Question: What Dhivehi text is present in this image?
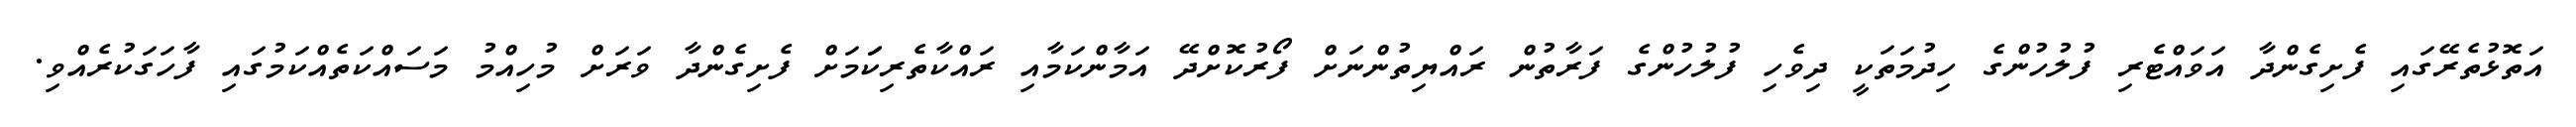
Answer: އަތޮޅުތެރޭގައި ފެށިގެންދާ އަވައްޓެރި ފުލުހުންގެ ހިދުމަތަކީ ދިވެހި ފުލުހުންގެ ފަރާތުން ރައްޔިތުންނަށް ފޯރުކޮށްދޭ އަމާންކަމާއި ރައްކާތެރިކަަމަށް ފެށިގެންދާ ވަރަށް މުހިއްމު މަސައްކަތެއްކަމުގައި ފާހަގަކުރެއްވި.